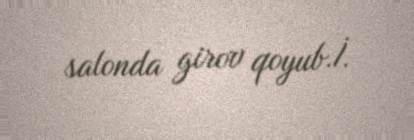
salonda girov qoyub.İ.